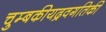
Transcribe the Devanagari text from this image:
चुम्बकीयद्रवगतिकी